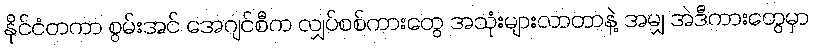
နိုင်ငံတကာ စွမ်းအင် အေဂျင်စီက လျှပ်စစ်ကားတွေ အသုံးများလာတာနဲ့ အမျှ အဲဒီကားတွေမှာ